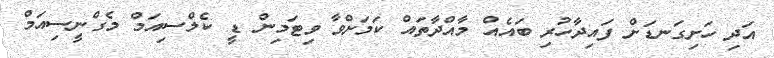
އަދި ހަށިގަނޑަށް ފައިދާހުރި ބައެއް މާއްދާތައް ކަމަށްވާ ވިޓަމިން ޑީ ކެލްސިއަމް މެގްނީސިއަމް